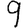
Digit: 9